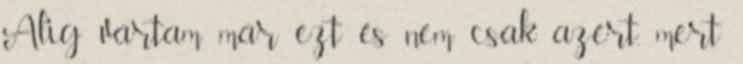
Alig vártam már ezt és nem csak azért, mert